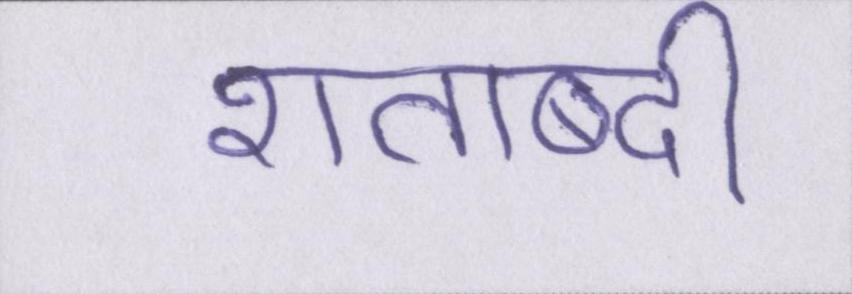
शताब्दी